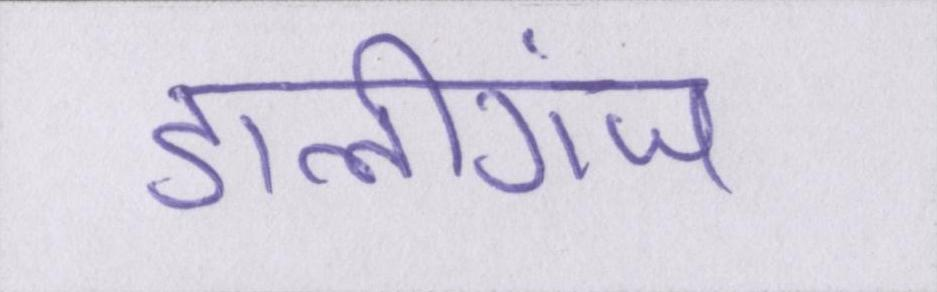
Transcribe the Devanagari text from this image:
डालीगंज